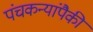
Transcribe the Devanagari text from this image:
पंचकन्यांपैकी